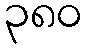
၃၈၀